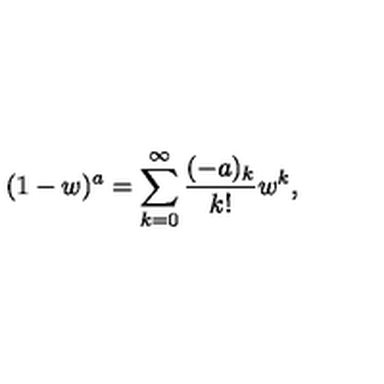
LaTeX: ( 1 - w ) ^ { a } = \sum _ { k = 0 } ^ { \infty } { \frac { ( - a ) _ { k } } { k ! } } w ^ { k } ,